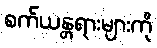
စက်ယန္တရားများကို